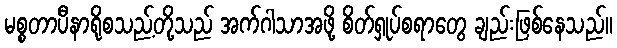
မစ္စတာပီနာရိုစသည့်တို့သည် အက်ဂါသာအဖို့ စိတ်ရှုပ်စရာတွေ ချည်းဖြစ်နေသည်။